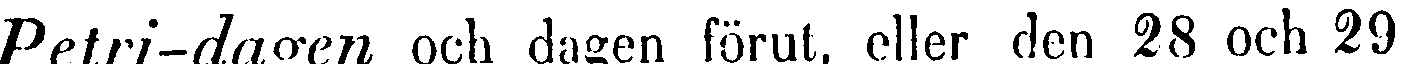
Petri-dagen och dagen förut, eller den 28 och 29